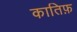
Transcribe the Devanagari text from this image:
कातिफ़